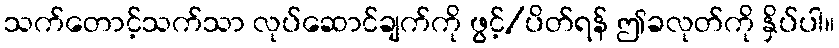
သက်တောင့်သက်သာ လုပ်ဆောင်ချက်ကို ဖွင့်/ပိတ်ရန် ဤခလုတ်ကို နှိပ်ပါ။